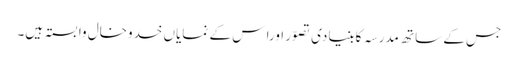
جس کے ساتھ مدرسہ کابنیادی تصوّر اورا س کے نمایاں خدوخال وابستہ ہیں۔